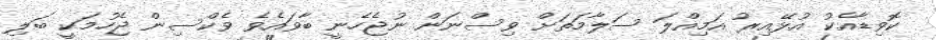
ކޮވިޑާއެކު އުޅޭއިރު އަމިއްލަ ސަލާމަތަށް ވިސްނަން ނުޖެހެނީ ބާވައެވެ ވެކްސިން ޖެހުމަކީ ބަލި